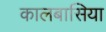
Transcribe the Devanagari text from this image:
कालबासिया